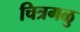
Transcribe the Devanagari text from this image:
चित्रगळु